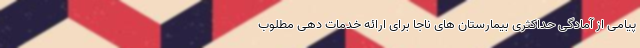
پیامی از آمادگی حداکثری بیمارستان های ناجا برای ارائه خدمات دهی مطلوب